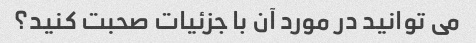
می توانید در مورد آن با جزئیات صحبت کنید؟